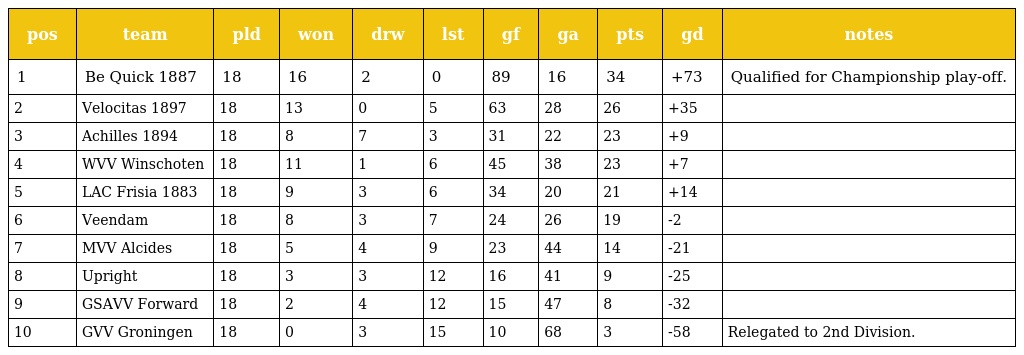
| pos | team | pld | won | drw | lst | gf | ga | pts | gd | notes |
 | --- | --- | --- | --- | --- | --- | --- | --- | --- | --- | --- |
 | 1 | Be Quick 1887 | 18 | 16 | 2 | 0 | 89 | 16 | 34 | +73 | Qualified for Championship play-off. |
 | 2 | Velocitas 1897 | 18 | 13 | 0 | 5 | 63 | 28 | 26 | +35 |  |
 | 3 | Achilles 1894 | 18 | 8 | 7 | 3 | 31 | 22 | 23 | +9 |  |
 | 4 | WVV Winschoten | 18 | 11 | 1 | 6 | 45 | 38 | 23 | +7 |  |
 | 5 | LAC Frisia 1883 | 18 | 9 | 3 | 6 | 34 | 20 | 21 | +14 |  |
 | 6 | Veendam | 18 | 8 | 3 | 7 | 24 | 26 | 19 | -2 |  |
 | 7 | MVV Alcides | 18 | 5 | 4 | 9 | 23 | 44 | 14 | -21 |  |
 | 8 | Upright | 18 | 3 | 3 | 12 | 16 | 41 | 9 | -25 |  |
 | 9 | GSAVV Forward | 18 | 2 | 4 | 12 | 15 | 47 | 8 | -32 |  |
 | 10 | GVV Groningen | 18 | 0 | 3 | 15 | 10 | 68 | 3 | -58 | Relegated to 2nd Division. |